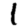
Digit: 1